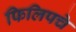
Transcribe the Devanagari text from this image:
फिलिपचे